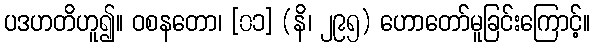
ပဒဟတိဟူ၍။ ဝစနတော၊ [၀၁] (နိ၊ ၂၉၅) ဟောတော်မူခြင်းကြောင့်။